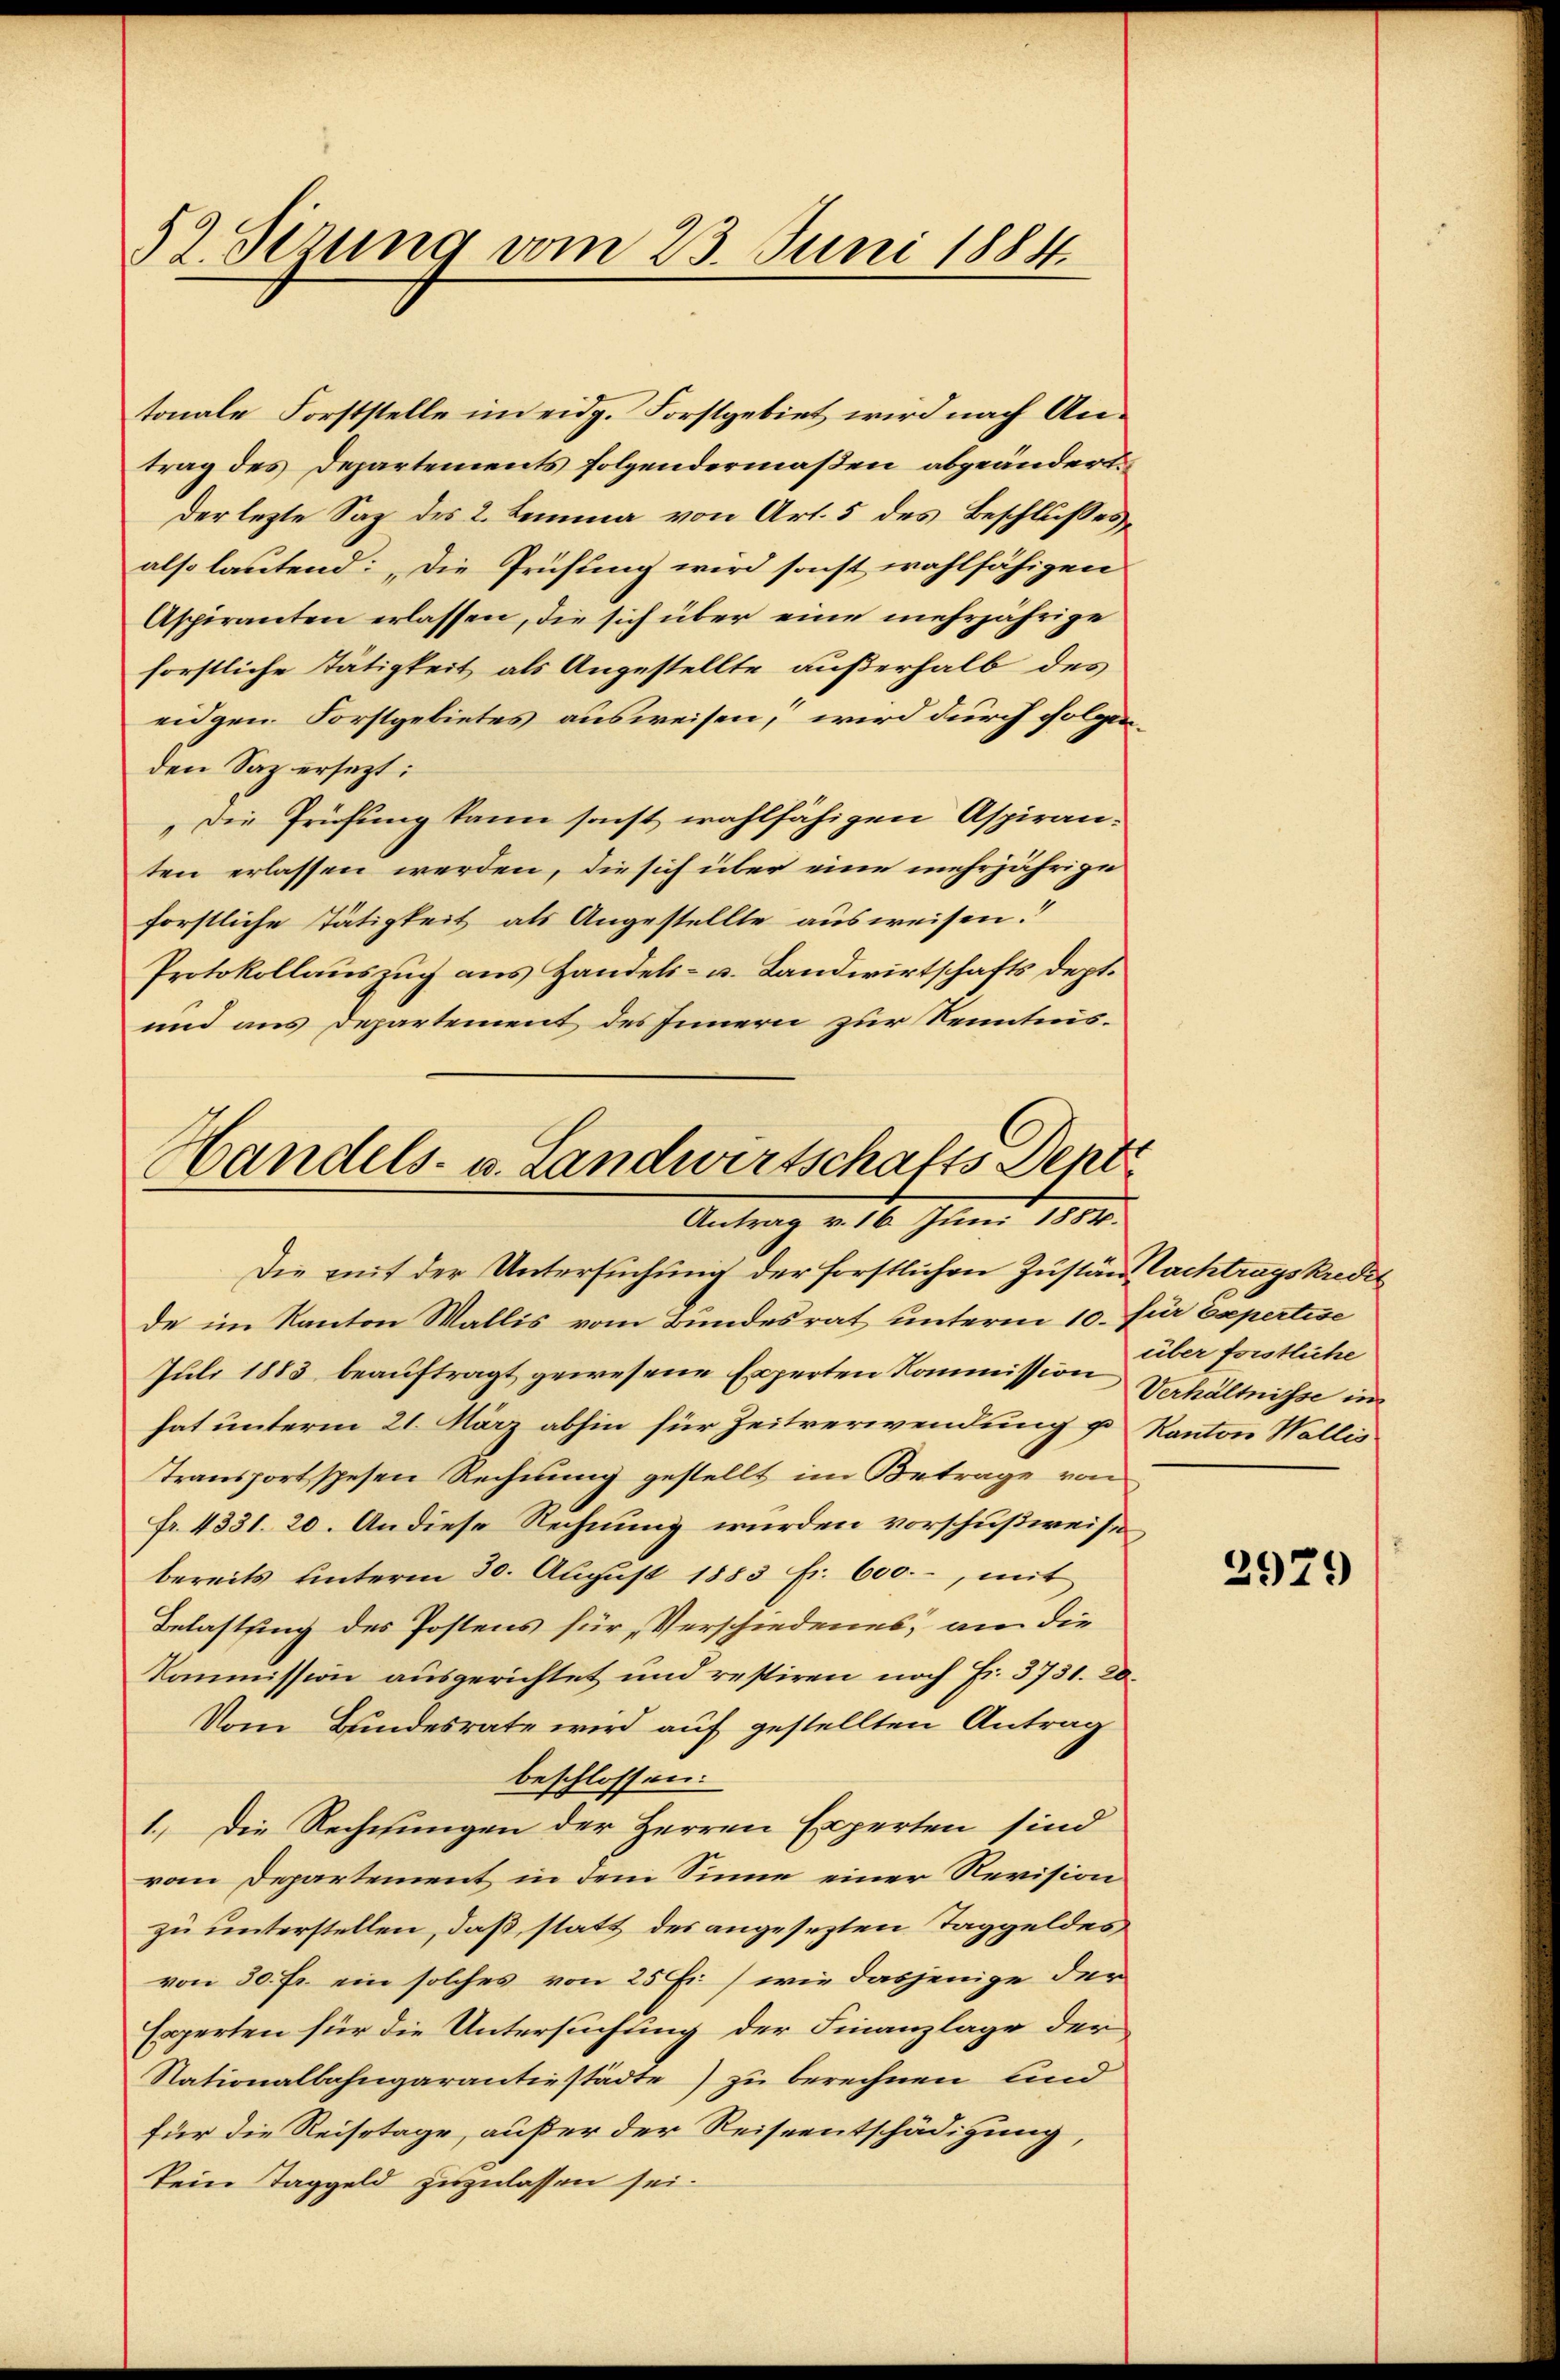
52. Sezung vom 23. Juni 1884.

tonale Forststelle im eidg. Forstgebiet wird nach Antrag des Departements folgendermaßen abgeändert.
der lezte Sag des 2. Lemma von Art. 5 des Beschlußes,
also lautend: „Die Frühling wird sonst wahlfähigen
Aspiranten erlassen, die sich über eine mehrjährige
forstliche Tätigkeit als Angestellte außerhalb des
eidgen. Forstgebietes ausweisen, wird durch folgenden Saz ersezt:
„Die Prüfung kann sonst wahlfähigen Aspiranten erlassen werden, die sich über eine mehrjährige
forstliche Tätigkeit als Angestellte ausweisen.
Protokollauszug aus Handels- u. Landwirtschafts dept.
und aus Departement des Innern zur Kenntnis¬

Handels- u. Landwirtschafts Dept
Antrag v. 16. Juni 1884.

Die mit der Untersuchung der forstlichen Zustand Pachtragskredit
de im Kanton Wallis vom Bundesrat unterm 10. für Expertise
Juli 1883 beauftragt gewesene Experten Kommission Verhältnisse im
hat unterm 21. März abhin für Zeitverwendung u. Kanton Wallis
Transportspesen Rechnung gestellt im Betrage von
fr. 4331. 20. An diese Rechnung wurden vorschußweise
bereits ŭnterm 30. Aŭgŭst 1883 fr. 600.-, mit
Belastung des Postens für Verschiedenes, an die
Kommission ausgerichtet und restiren noch Fr. 3731. 20.
Vom Bundesrate wird auf gestellten Antrag
beschlossen:
1.) Die Rechnungen der Herren Experten sind
vom Departement in dem Sinne einer Revision
zu unterstellen, daß statt des angesezten Taggeldes
von 30 fr. ein solches von 25 fi) wie dasjenige der
Experten für die Untersuchung der Finanzlage der
Nationalbahngarantiestädte) zu berechnen und
für die Reisetage, außer der Reiseentschädigung,
kein Taggeld zuzulassen sei.

über forstliche

2979